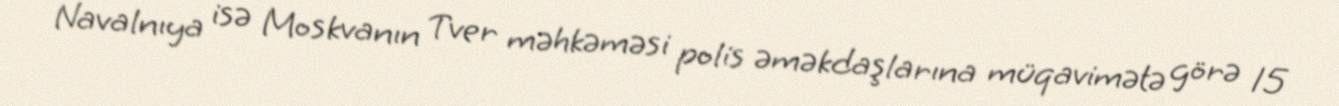
Navalnıya isə Moskvanın Tver məhkəməsi polis əməkdaşlarına müqavimətə görə 15